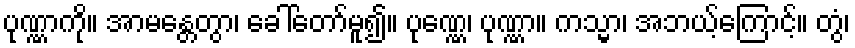
ပုဏ္ဏာကို။ အာမန္တေတွာ၊ ခေါ်တော်မူ၍။ ပုဏ္ဏေ၊ ပုဏ္ဏာ။ ကသ္မာ၊ အဘယ့်ကြောင့်။ တွံ၊